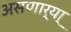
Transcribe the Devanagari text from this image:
असणार्या्